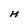
Character: M